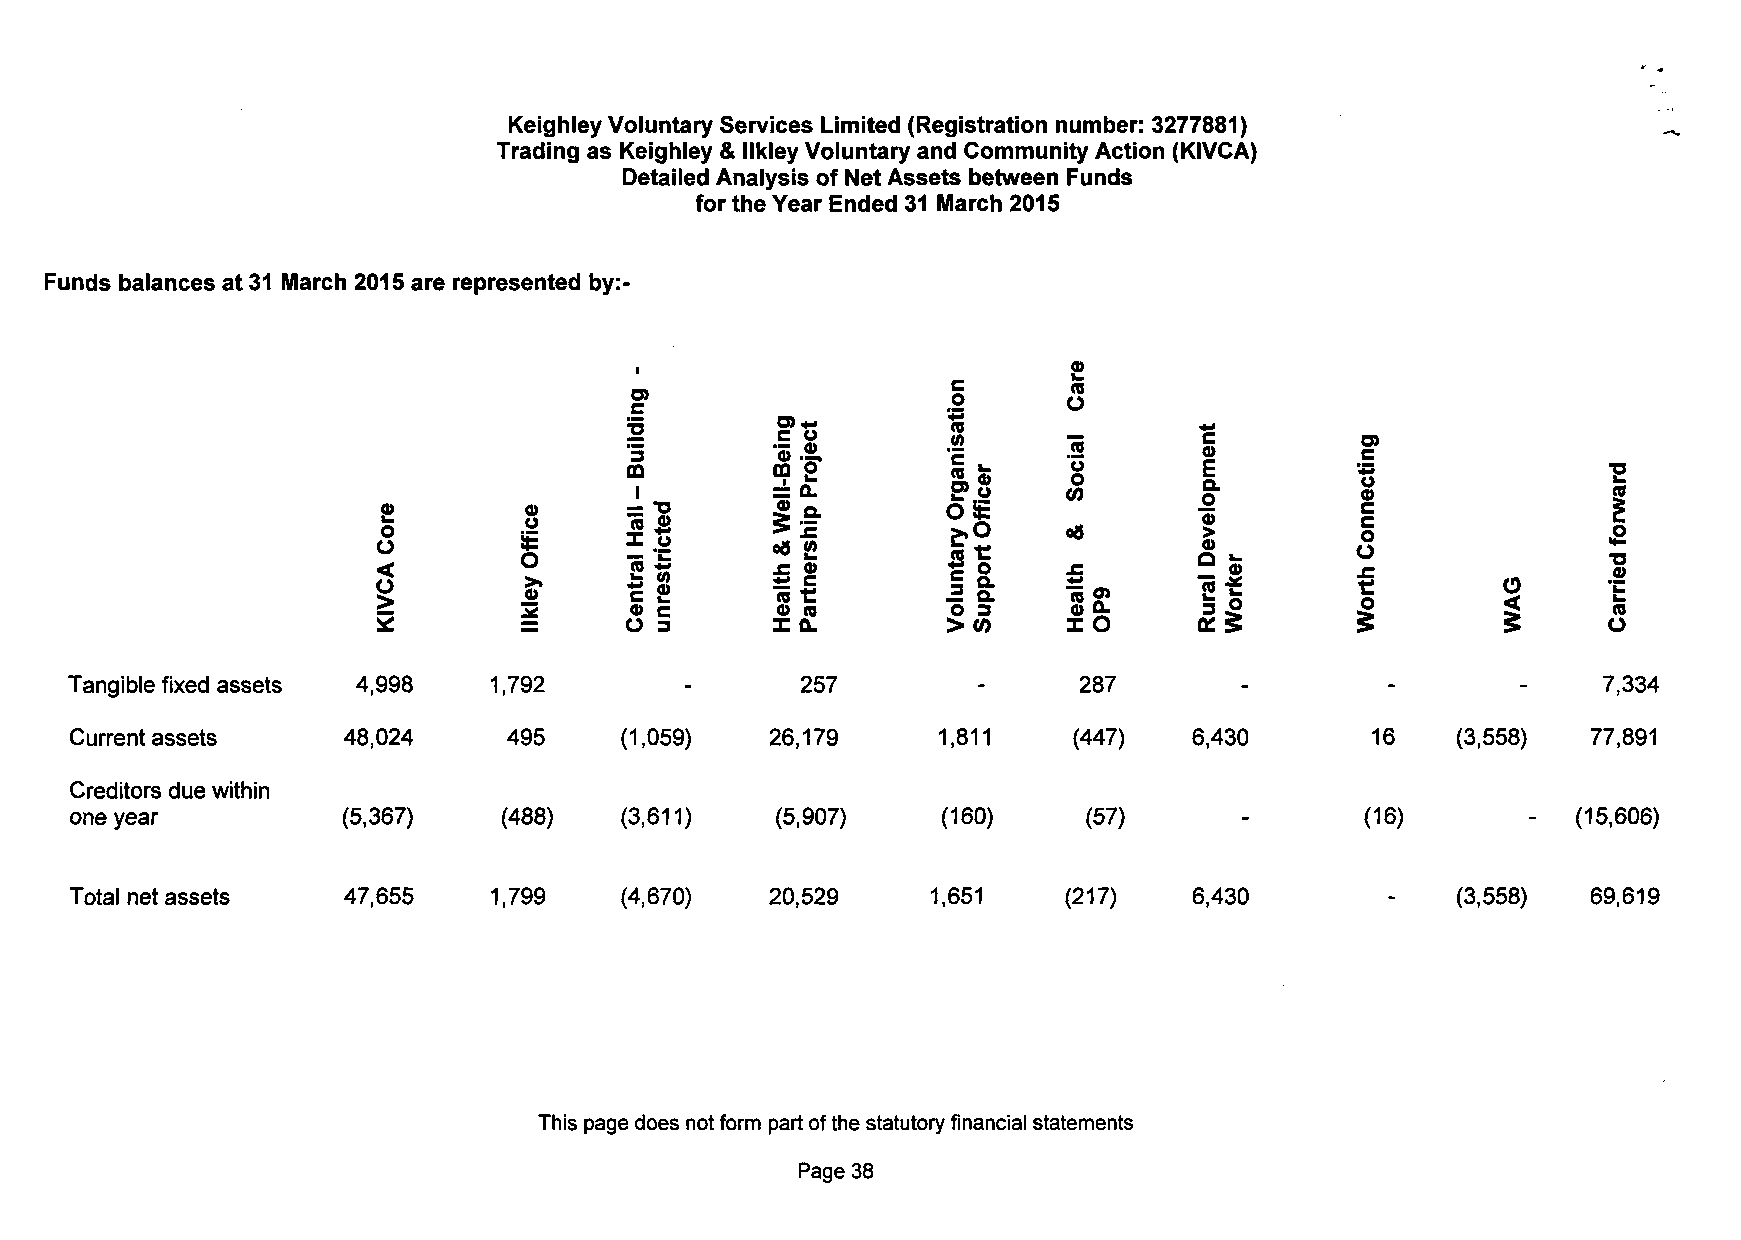
Keighley Voluntary Services Limited (Registration number: 3277881)
 Trading as Keighley & llkley Voluntary and Community Action (KIVCA)
 Detailed Analysis of Net Assets between Funds
 for the Year Ended 31 March 2015
 Funds balances at 31 March 2015 are represented by>
 •                            0>
 _       Im
 r?                   .2      0
 2          r?o        ™      _        "E
 "5        'S.2.       ~       .2      ©
 i        = a.        P 8     w        §•
 o         ~     5 *       > £         >,0    od        >
 o       — c      ^ i-    re    t             Q i_
 i         *      Si       IS.                         ££
 Tangible fixed assets 4,998 1,792       -       257         -      287
 Current assets    48,024     495    (1,059)   26,179     1,811    (447)   6,430
 Creditors due within
 one year          (5,367)   (488)   (3,611)   (5,907)    (160)     (57)
 Total net assets  47,655    1,799   (4,670)   20,529     1,651    (217)   6,430
 This page does not form part of the statutory financial statements
 Page 38